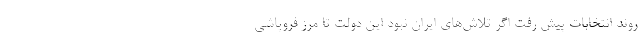
روند انتخابات پيش رفت اگر تلاش‌هاي ايران نبود اين دولت تا مرز فروپاشي